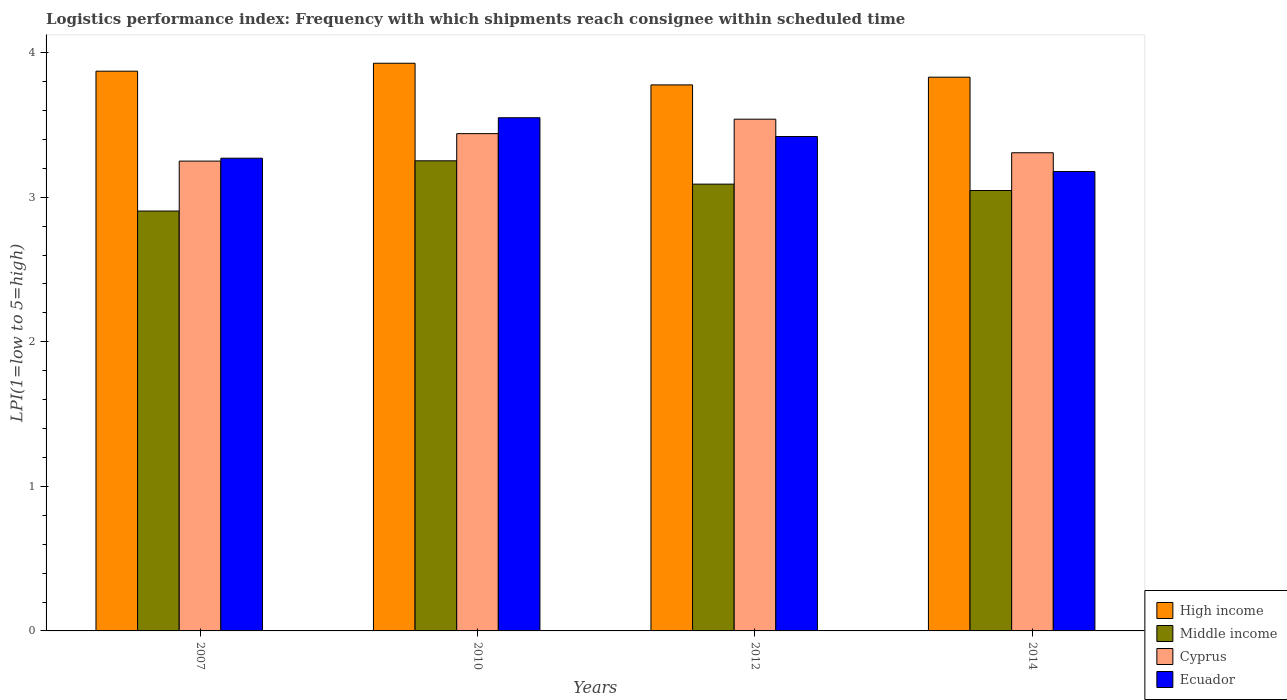
| Years | High income | Middle income | Cyprus | Ecuador |
 | --- | --- | --- | --- | --- |
 | 2007 | 3.87 | 2.9 | 3.25 | 3.27 |
 | 2010 | 3.93 | 3.25 | 3.44 | 3.55 |
 | 2012 | 3.78 | 3.09 | 3.54 | 3.42 |
 | 2014 | 3.83 | 3.05 | 3.31 | 3.18 |